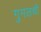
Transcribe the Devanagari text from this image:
गुगलची